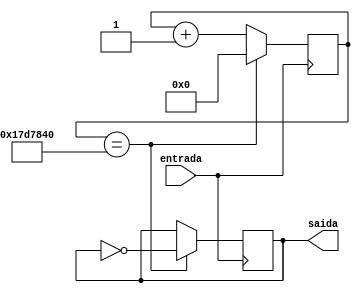
/*
	Nome: Jackson da Silva Guedes
	
	Divisor de Clok
*/

module divisor_clock(input entrada, output reg saida);

	reg [24:0] contador = 25'd0;
	
	always@(posedge entrada)
	begin
		if (contador == 25'd25000000)
		begin
			contador = 25'd0;
			saida = ~saida;
		end
		else	
			contador = contador + 1;
	end
endmodule